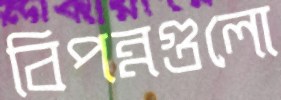
বিপন্নগুলো